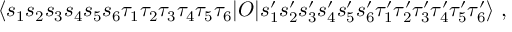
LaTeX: \langle s _ { 1 } s _ { 2 } s _ { 3 } s _ { 4 } s _ { 5 } s _ { 6 } \tau _ { 1 } \tau _ { 2 } \tau _ { 3 } \tau _ { 4 } \tau _ { 5 } \tau _ { 6 } | O | s _ { 1 } ^ { \prime } s _ { 2 } ^ { \prime } s _ { 3 } ^ { \prime } s _ { 4 } ^ { \prime } s _ { 5 } ^ { \prime } s _ { 6 } ^ { \prime } \tau _ { 1 } ^ { \prime } \tau _ { 2 } ^ { \prime } \tau _ { 3 } ^ { \prime } \tau _ { 4 } ^ { \prime } \tau _ { 5 } ^ { \prime } \tau _ { 6 } ^ { \prime } \rangle \ ,